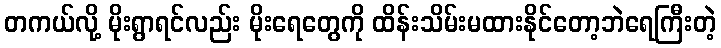
တကယ်လို့ မိုးရွာရင်လည်း မိုးရေတွေကို ထိန်းသိမ်းမထားနိုင်တော့ဘဲရေကြီးတဲ့